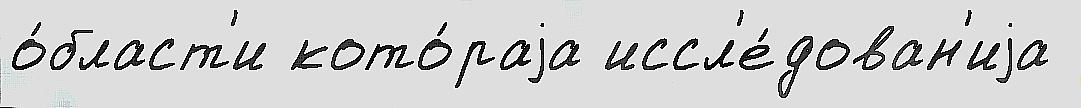
о́бласт'и кото́раjа иссл'е́дован'иjа